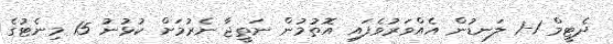
ދެޓީމް 1-1 ލަނޑުން އެއްވަރުވެފައި އޮތުމުން ނަތީޖާ ނެރުމަށް ކުޅުނު 15 މިނެޓުގެ